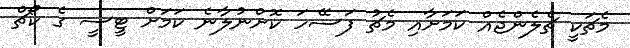
މެޗަކީ ޗެލެންޖެއް ކަމަށާއި މެޗު ފަސޭހަ ކޮށްނުލާނެ ކަމަށް ޓީސީ ގެ ކޯޗް